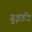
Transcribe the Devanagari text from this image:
गुइडैंट